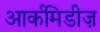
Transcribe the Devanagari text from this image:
आर्कमिडीज़